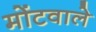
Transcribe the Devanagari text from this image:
मोंटवाले